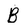
Character: B